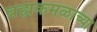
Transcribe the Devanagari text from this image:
ब्रह्मकमळाच्या